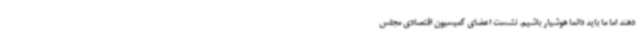
دهند اما ما باید دائما هوشیار باشیم. نشست اعضای کمیسیون اقتصادی مجلس